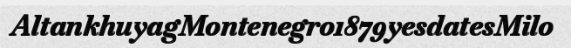
AltankhuyagMontenegro1879yesdatesMilo